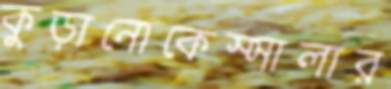
কুড়ানোকেস্সালার